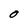
Character: O